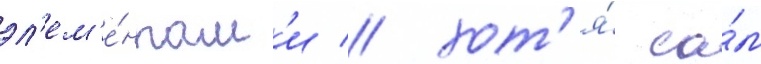
эл'ем'е́нтам'и / хот'я́ са́м